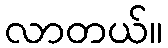
လာတယ်။